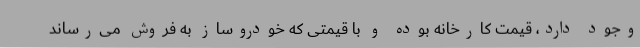
وجود دارد، قیمت کارخانه بوده و با قیمتی که خودروساز به فروش می‌رساند